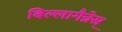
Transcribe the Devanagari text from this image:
बिल्लागैन्नेस्र्